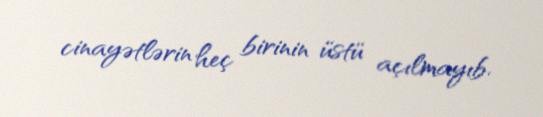
cinayətlərin heç birinin üstü açılmayıb.